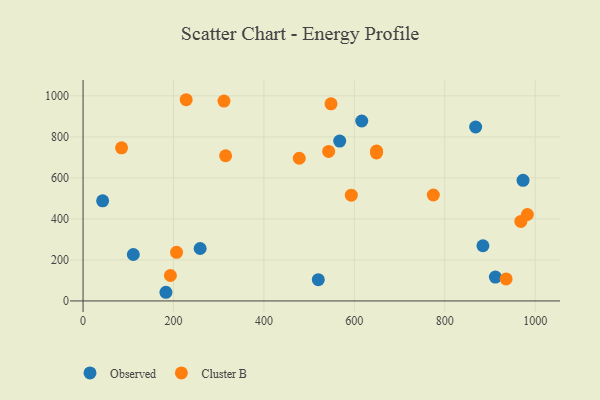
{"axis": {"x": "Ad Spend", "y": "Profit"}, "legend": ["Cluster B", "Observed"], "data": [{"x": "567.6", "y": 779.3, "type": "Observed"}, {"x": "111.2", "y": 226.5, "type": "Observed"}, {"x": "43.3", "y": 487.9, "type": "Observed"}, {"x": "868.3", "y": 848.1, "type": "Observed"}, {"x": "616.4", "y": 877.4, "type": "Observed"}, {"x": "183.3", "y": 42.2, "type": "Observed"}, {"x": "520.3", "y": 103.5, "type": "Observed"}, {"x": "884.4", "y": 269.0, "type": "Observed"}, {"x": "911.9", "y": 116.5, "type": "Observed"}, {"x": "973.1", "y": 588.1, "type": "Observed"}, {"x": "259.0", "y": 255.6, "type": "Observed"}, {"x": "593.3", "y": 515.9, "type": "Cluster B"}, {"x": "548.4", "y": 961.1, "type": "Cluster B"}, {"x": "315.3", "y": 708.0, "type": "Cluster B"}, {"x": "478.2", "y": 695.7, "type": "Cluster B"}, {"x": "982.7", "y": 421.5, "type": "Cluster B"}, {"x": "228.1", "y": 981.1, "type": "Cluster B"}, {"x": "649.0", "y": 721.7, "type": "Cluster B"}, {"x": "649.2", "y": 730.8, "type": "Cluster B"}, {"x": "774.7", "y": 516.6, "type": "Cluster B"}, {"x": "206.8", "y": 236.8, "type": "Cluster B"}, {"x": "193.2", "y": 124.0, "type": "Cluster B"}, {"x": "968.3", "y": 387.8, "type": "Cluster B"}, {"x": "85.2", "y": 746.7, "type": "Cluster B"}, {"x": "543.2", "y": 728.9, "type": "Cluster B"}, {"x": "935.7", "y": 107.4, "type": "Cluster B"}, {"x": "311.7", "y": 974.4, "type": "Cluster B"}]}